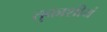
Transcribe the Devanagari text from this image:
तुकाशीयं